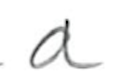
Text: a
Cross-out: clean
Writing tool: pencil